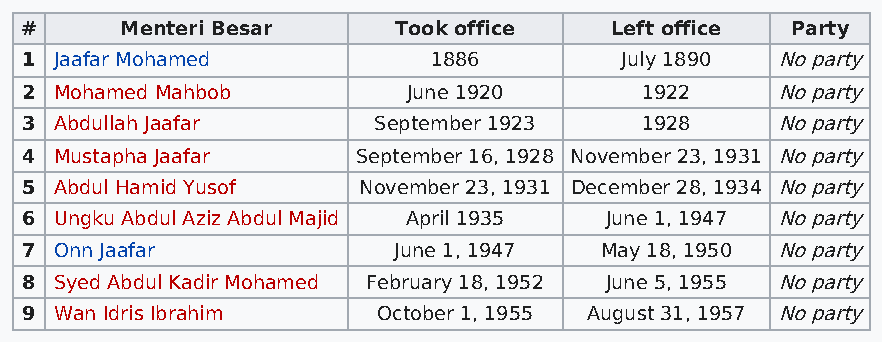
#      Menteri Besar     Took office   Left office Party
 1  Jaafar Mohamed          1886         July 1890 No party
 2  Mohamed Mahbob         June 1920      1922     No party
 3  Abdullah Jaafar      September 1923   1928     No party
 4  Mustapha Jaafar     September 16, 1928 November 23, 1931 No party
 5  Abdul Hamid Yusof   November 23, 1931 December 28, 1934 No party
 6  Ungku Abdul Aziz Abdul Majid April 1935 June 1, 1947 No party
 7  Onn Jaafar            June 1, 1947  May 18, 1950 No party
 8  Syed Abdul Kadir Mohamed February 18, 1952 June 5, 1955 No party
 9  Wan Idris Ibrahim    October 1, 1955 August 31, 1957 No party